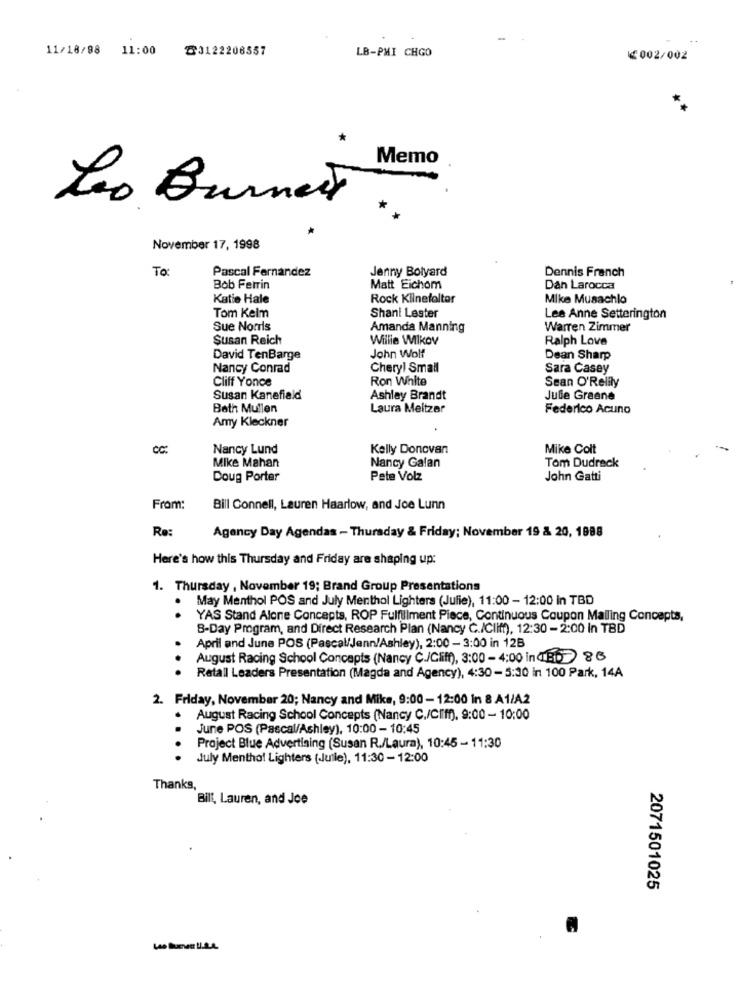
11/18/98 11:00
฿3122206557
LB-PMI CHGO
≤002/002
Memo
Leo Burnett
November 17, 1998
To:
Pascal Fernandez
Jenny Bolyard
Dennis Franch
Bob Ferrin
Matt Eichom
Dan Larocca
Katie Hale
Rock Kilnefaltar
Mike Musachlo
Shani Lester
Tom Kelm
Lee Anne Setterington
Sue Norris
Amanda Manning
Warren Zimmer
Susan Reich
Willie WIlkov
Ralph Love
David TenBarge
John Wolf
Dean Sharp
Nancy Conrad
Cheryl Small
Sara Casey
Cliff Yonce
Ron White
Sean O'Relily
Susan Kanefield
Ashley Brandt
Julie Greene
Bath Mullen
Laura Meitzar
Federico Acuno
Amy Kleckner
CC:
Nancy Lund
Kelly Donovan
Mike Colt
Mike Mahan
Nancy Galan
Tom Dudreck
Doug Porter
Pete Volz
John Gatti
From:
Bill Connell, Lauren Haarlow, and Joe Lunn
Re:
Agency Day Agendas - Thursday & Friday; November 19 & 20, 1988
Here's how this Thursday and Friday are shaping up:
1. Thursday , November 19; Brand Group Presentations
May Menthol POS and July Menthol Lighters (Jufie), 11:00 - 12:00 in TBD
.
YAS Stand Alone Concepts, ROP Fulfillment Piece, Continuous Coupon Mailing Concepts,
B-Day Program, and Direct Research Plan (Nancy C./Cliff), 12:30 - 2:00 in TBD
April and June POS (Pascal/Jenn/Ashley), 2:00 - 3:00 in 12B
August Racing School Concepts (Nancy C./Cliff), 3:00 - 4:00 in CIE1 86
Retail Leaders Presentation (Magda and Agency), 4:30 - 5:30 in 100 Park, 14A
2. Friday, November 20; Nancy and Mike, 9:00 - 12:00 In 8 A1/A2
August Racing School Concepts (Nancy C./Cliff), 9:00 - 10:00
June POS (Pascal/Ashley), 10:00 - 10:45
..
Project Blue Advertising (Susan R./Laura), 10:45 - 11:30
July Menthol Lighters (Juile), 11:30-12:00
Thanks,
Bill, Lauren, and Joe
2071501025